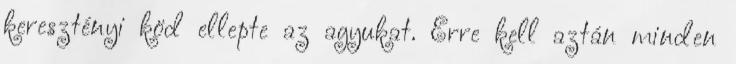
keresztényi köd ellepte az agyukat. Erre kell aztán minden